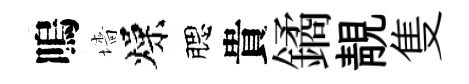
嗚墻燥腮貴鐍靚隻